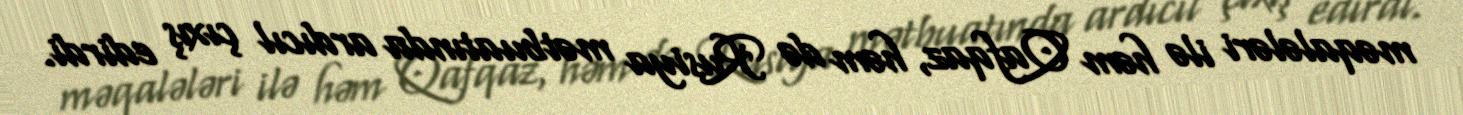
məqalələri ilə həm Qafqaz, həm də Rusiya mətbuatında ardıcıl çıxış edirdi.